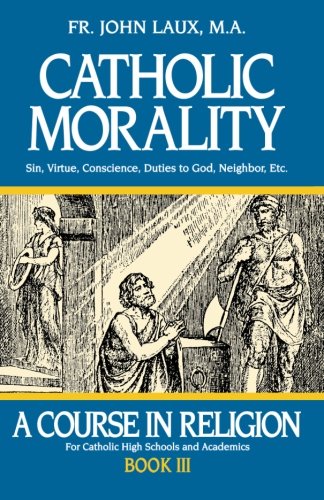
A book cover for Catholic Morality: A Course in Religion - Book III; Rev. Fr. John Laux M.A.; Religion & Spirituality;